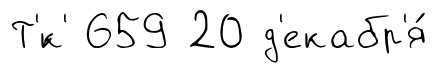
Т'́к' 659 20 д'екабр'я́